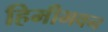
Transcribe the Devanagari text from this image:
हिमीभवन